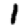
Digit: 1